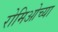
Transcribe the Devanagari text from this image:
रोमिओच्या